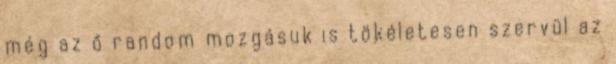
még az ő random mozgásuk is tökéletesen szervül az